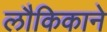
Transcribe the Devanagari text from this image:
लौकिकाने